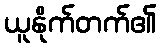
ယူနိုက်တက်၏